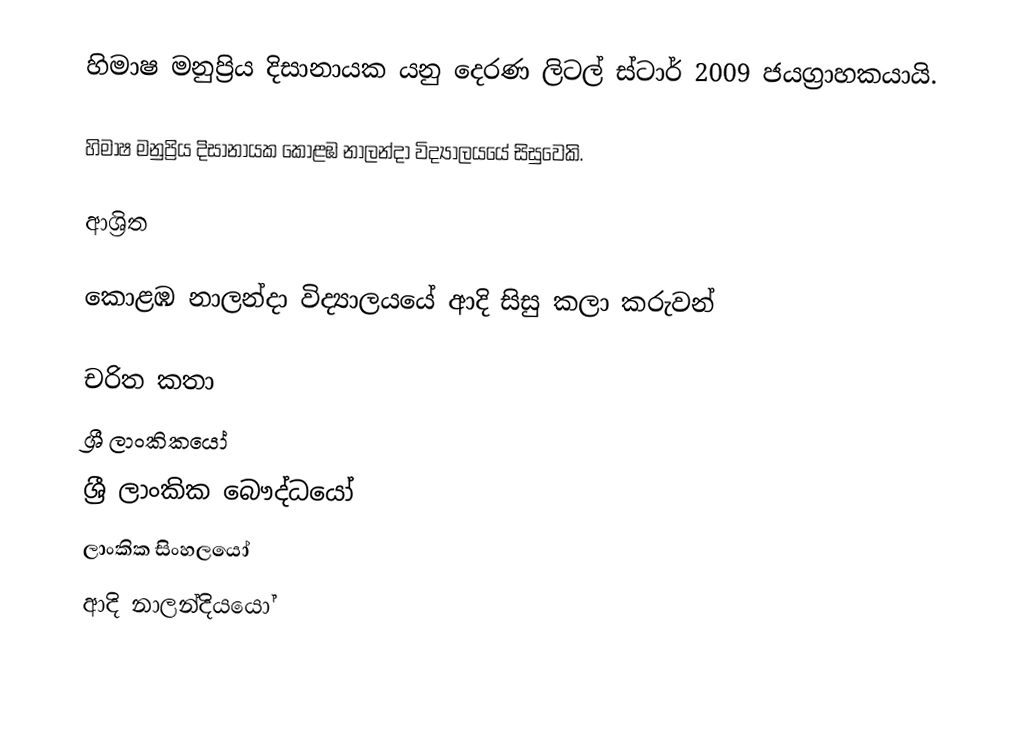
හිමාෂ මනුප්‍රිය දිසානායක  යනු  දෙරණ ලිටල් ස්ටාර් 2009 ජයග්‍රාහකයායි.

හිමාෂ මනුප්‍රිය දිසානායක  කොළඹ නාලන්දා විද්‍යාලයයේ සිසුවෙකි.

ආශ්‍රිත

 කොළඹ නාලන්දා විද්‍යාලයයේ ආදි සිසු කලා කරුවන්

චරිත කතා
ශ්‍රී ලාංකිකයෝ
ශ්‍රී ලාංකික බෞද්ධයෝ
ලාංකික සිංහලයෝ
ආදි නාලන්දියයෝ